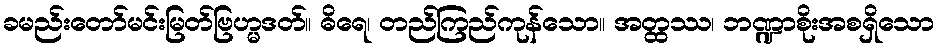
ခမည်းတော်မင်းမြတ်ဗြဟ္မဒတ်။ ဓိရေ၊ တည်ကြည်ကုန်သော။ အတ္ထဿ၊ ဘဏ္ဍာစိုးအစရှိသော